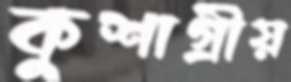
কুশাগ্রীয়